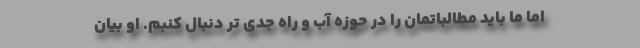
اما ما باید مطالباتمان را در حوزه آب و راه جدی تر دنبال کنبم. او بیان